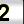
Digit: 2